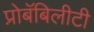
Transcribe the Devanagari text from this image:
प्रोबॅबिलीटी